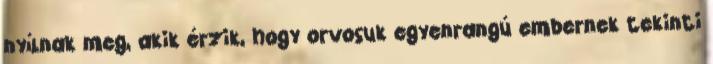
nyílnak meg, akik érzik, hogy orvosuk egyenrangú embernek tekinti